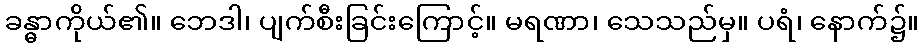
ခန္ဓာကိုယ်၏။ ဘေဒါ၊ ပျက်စီးခြင်းကြောင့်။ မရဏာ၊ သေသည်မှ။ ပရံ၊ နောက်၌။